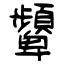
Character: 顰